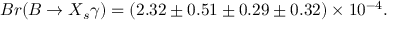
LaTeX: B r ( B \to X _ { s } \gamma ) = ( 2 . 3 2 \pm 0 . 5 1 \pm 0 . 2 9 \pm 0 . 3 2 ) \times 1 0 ^ { - 4 } .